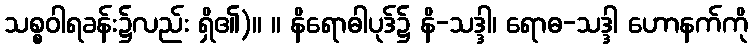
သစ္စဝါရခန်း၌လည်း ရှိ၏)။ ။ နိရောဓါပုဒ်၌ နိ-သဒ္ဒါ၊ ရောဓ-သဒ္ဒါ ဟောနက်ကို